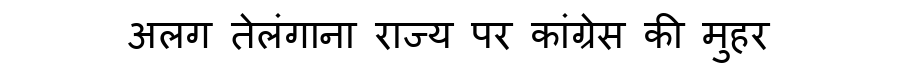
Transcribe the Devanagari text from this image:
अलग तेलंगाना राज्य पर कांग्रेस की मुहर